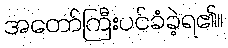
အတော်ကြီးပင်ခံခဲ့ရ၏။